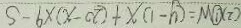
( 2 ) \textcircled { 1 } N = ( y - 1 ) x + ( 2 0 - x ) \times 9 - S